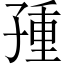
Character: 𡥿